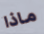
ماذا